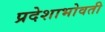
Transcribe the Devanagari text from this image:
प्रदेशाभोवती